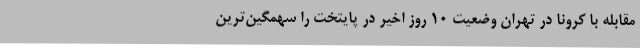
مقابله با کرونا در تهران وضعیت ۱۰ روز اخیر در پایتخت را سهمگین‌ترین